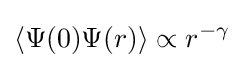
\langle \Psi (0)\Psi (r)\rangle \propto r^{-\gamma }